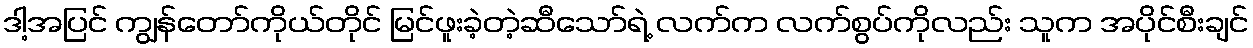
ဒါ့အပြင် ကျွန်တော်ကိုယ်တိုင် မြင်ဖူးခဲ့တဲ့ဆီသော်ရဲ့ လက်က လက်စွပ်ကိုလည်း သူက အပိုင်စီးချင်